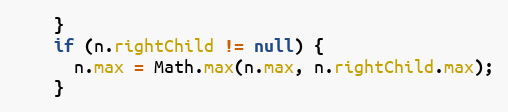
Language: Java
    }
    if (n.rightChild != null) {
      n.max = Math.max(n.max, n.rightChild.max);
    }